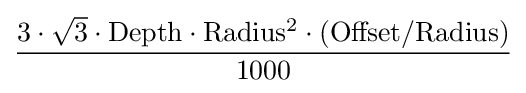
{\frac {3\cdot {\sqrt {3}}\cdot {\mathrm {Depth\cdot Radius^{2}\cdot (Offset/Radius)} }}{1000}}